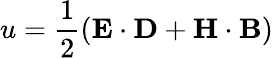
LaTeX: u={\frac{1}{2}}(\mathbf{E}\cdot\mathbf{D}+\mathbf{H}\cdot\mathbf{B})